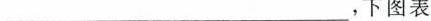
___，下图表